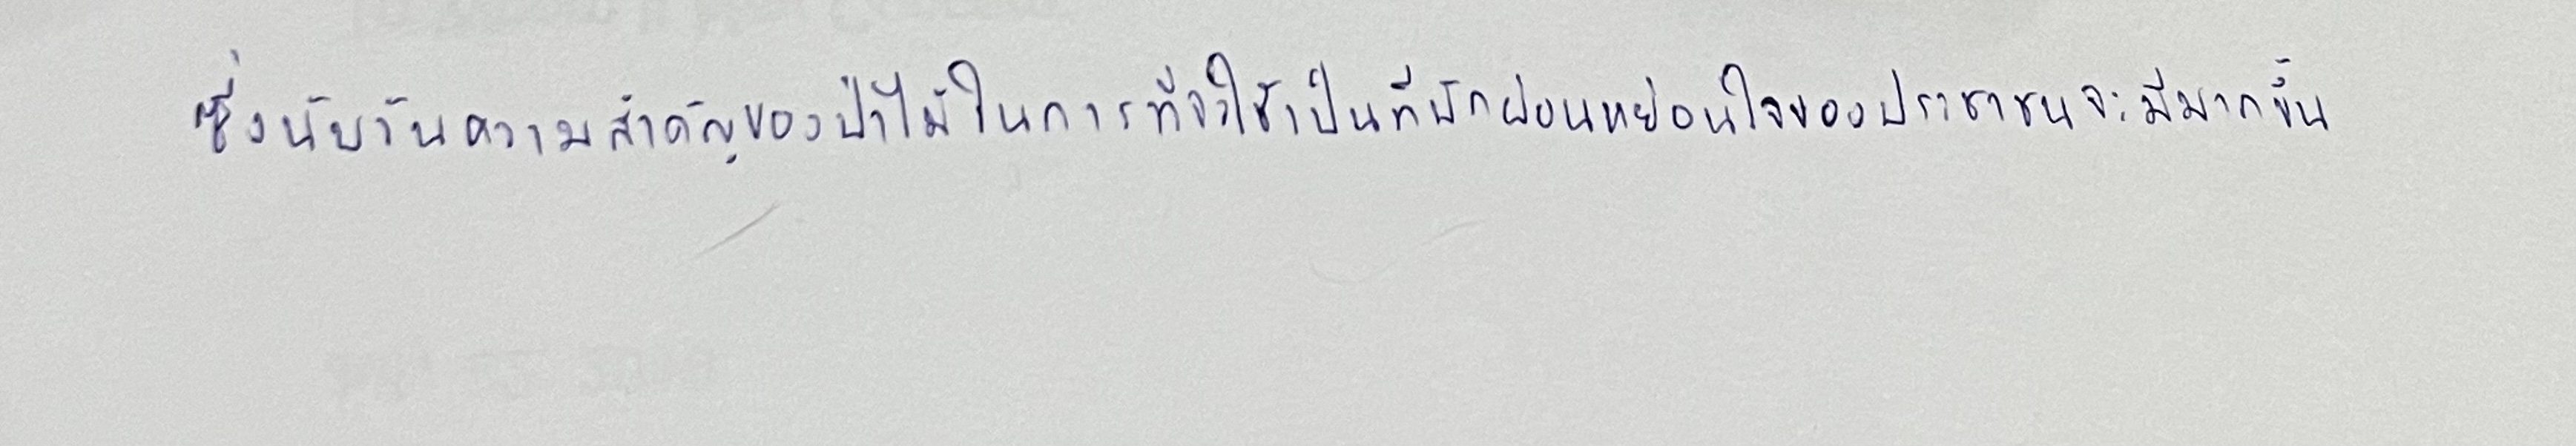
ซึ่งนับวันความสำคัญของป่าไม้ในการที่จะใช้เป็นที่พักผ่อนหย่อนใจของประชาชนจะมีมากขึ้น